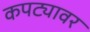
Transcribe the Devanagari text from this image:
कपट्यावर